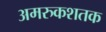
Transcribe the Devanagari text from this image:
अमरुकशतक